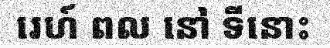
រេហ៍ ពល នៅ ទីនោះ